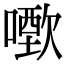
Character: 𠿣